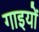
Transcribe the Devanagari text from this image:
गाइयों